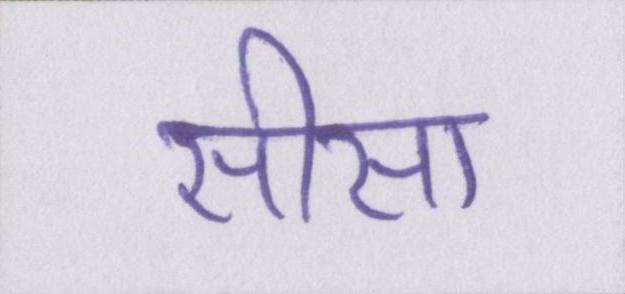
सीसा